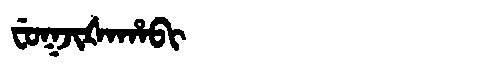
Manchu: ᠸᡠᡴᠵᡳᡧᠠᡥᠠᠪᡳ
Romanization: FUKJIŠAHABI